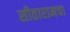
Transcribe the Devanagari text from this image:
सीतारामचा